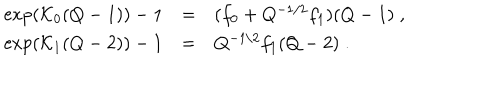
LaTeX: \begin{array} { r c l } { { \exp ( { \cal K } _ { 0 } ( Q - 1 ) ) - 1 } } & { { = } } & { { ( f _ { 0 } + Q ^ { - 1 / 2 } f _ { 1 } ) ( Q - 1 ) \; , } } \\ { { \exp ( { \cal K } _ { 1 } ( Q - 2 ) ) - 1 } } & { { = } } & { { Q ^ { - 1 / 2 } f _ { 1 } ( Q - 2 ) \; . } } \\ \end{array}